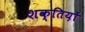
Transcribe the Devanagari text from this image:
शक्तिय़ों